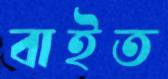
বাইত